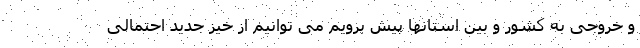
و خروجی به کشور و بین استانها پیش برویم می توانیم از خیز جدید احتمالی